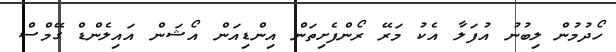
ހޯދުމުން ލިބުނު އުފަލާ އެކު މަރޭ ރޯންފެށިތަން އިންޑިއަން އޯޝަން އައިލެންޑް ގޭމްސް